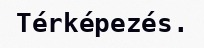
Térképezés.